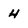
Character: 4